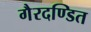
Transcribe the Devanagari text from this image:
गैरदण्डित